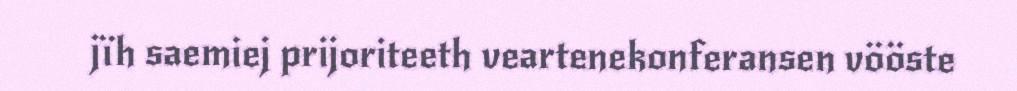
jïh saemiej prijoriteeth veartenekonferansen vööste